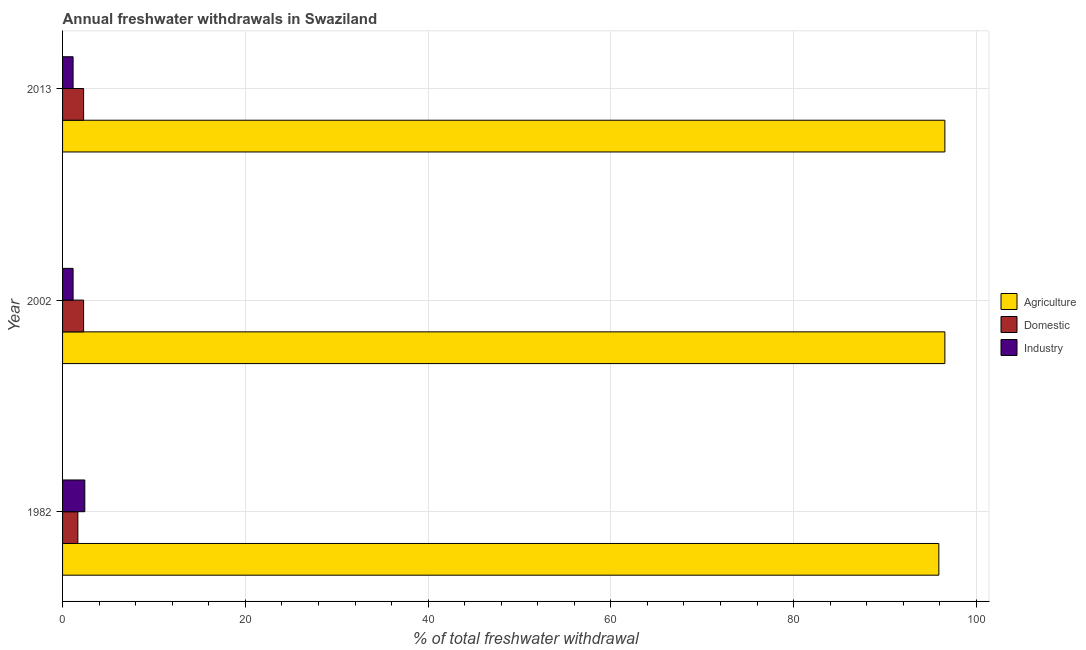
| Year | Agriculture | Domestic | Industry |
 | --- | --- | --- | --- |
 | 1982 | 95.9 | 1.67 | 2.44 |
 | 2002 | 96.5 | 2.3 | 1.15 |
 | 2013 | 96.5 | 2.3 | 1.15 |